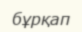
бұрқап